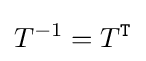
T^{-1}=T^{\mathtt {T}}